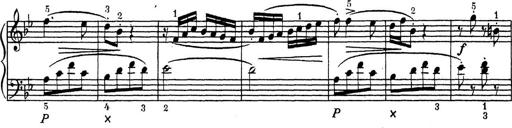
Title: ÄŒeskÃ© Sonatiny
Composer: Various